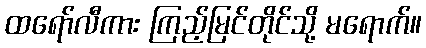
ထရော်လီကား ကြည့်မြင်တိုင်သို့ မရောက်။